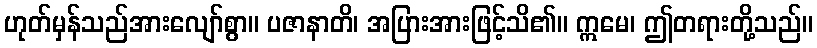
ဟုတ်မှန်သည်အားလျော်စွာ။ ပဇာနာတိ၊ အပြားအားဖြင့်သိ၏။ ဣမေ၊ ဤတရားတို့သည်။